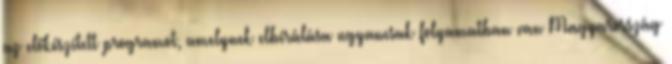
az előkészített programot, amelynek elbírálása ugyancsak folyamatban van Magyarország